King Institute of Preventive Medicine Micro-Biological Section reports 1909-11
Year: 1909
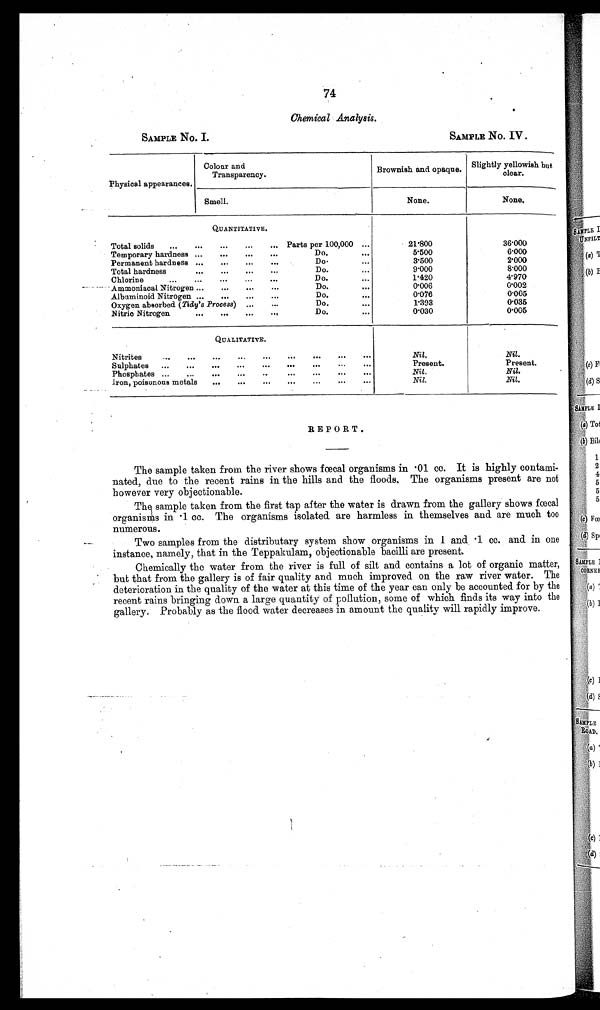
74
Chemical Analysis.
SAMPLE NO. I.
SAMPLE NO. IV .
Physical appearances.
Colour and
Transparency.
Brownish and opaque.
Slightly yellowish but
clear.
Smell.
None.
None.
Total solids
...
Temporary hardness
Permanent hardness
Total hardness
Chlorine
...
— . -- Ammoniaoal Nitrogen
Albuminoid Nitrogen
Oxygen absorbed (Tidy's
Nitric Nitrogen
QUANTITATIVE.
...
...
... Parts per 100,000 ...
..
...
...
...
..
Do.
..
...
..
...
...
Do.
...
...
...
...
...
Do.
...
...
...
Do.
...
...
...
..
Do.
...
...
...
...
Do.
...
Process) ,..
...
Do.
...
...
..
..
Do.
...
21.800
5 . 5 0 0
3.500
9.000
1.420
0'006
0 ' 0 7 6
P393
0 ' 0 3 0
36.000
6.000
2.000
8'000
4.970
0.002
0'005
0'035
0.005
QUALITATIVE.
Nitrites
...
...
..
...
...
...
...
Sulphates
...
...
...
...
..
...
Phosphates ...
...
...
..
...
...
...
...
Iron, poisonous metals
...
...
...
Nil.
Present.
Nil.
Nil.
Nil.
Present.
Nil.
Nil.
REPORT.
The sample taken from the river shows fœcal organisms in . 01 cc. It is highly contami-
nated, due to the recent rains in the hills and the floods. The organisms present are not
however very objectionable.
The sample taken from the first tap after the water is drawn from the gallery shows fœcal
organisms in .1
cc. The organisms isolated are harmless in themselves and are much too
numerous.
Two samples from the distributary system show organisms in 1 and
.1 cc. and in one
instance, namely, that in the Teppakulam, objectionable bacilli are present.
Chemically the water from the river is full of silt and contains a lot of organic matter,
but that from the gallery is of fair quality and much improved on the raw river water. The
deterioration in the quality of the water at this time of the year can only be accounted for by the
recent rains bringing down a large quantity of pollution, some of which finds its way into the
gallery. Probably as the flood water decreases in amount the quality will rapidly improve.